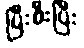
ပြီးစီးပြီး